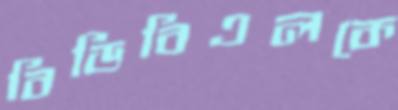
বিডিবিএলকে